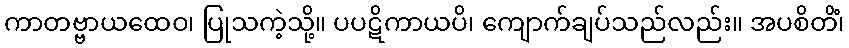
ကာတဗ္ဗာယထေဝ၊ ပြုသကဲ့သို့။ ပပဋိကာယပိ၊ ကျောက်ချပ်သည်လည်း။ အပစိတိံ၊